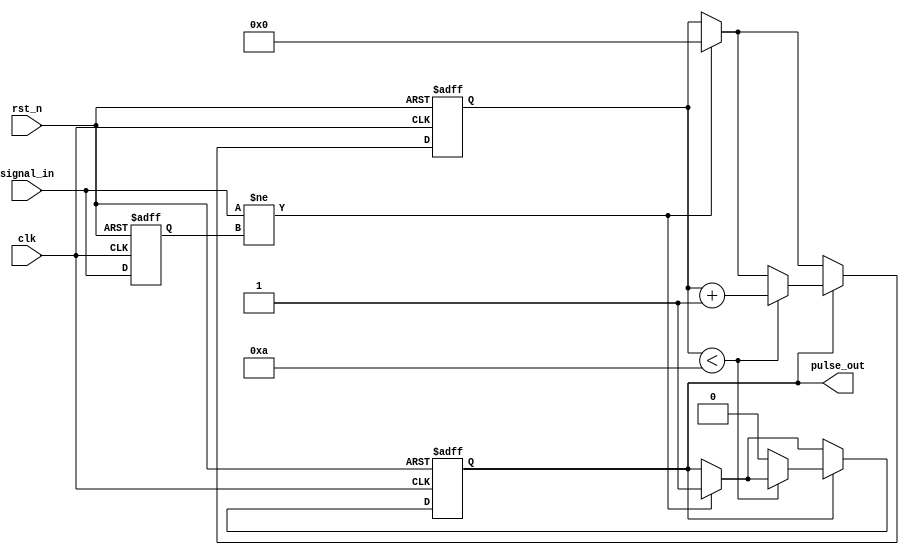
module MonostableEdgeDetector (
    input wire clk,          // Clock input
    input wire rst_n,       // Active low reset
    input wire signal_in,    // Input signal to detect edges
    output reg pulse_out     // Output pulse signal
);

    // Parameters
    parameter PULSE_WIDTH = 10; // Pulse width in clock cycles

    // Internal signals
    reg signal_prev;           // Previous state of the input signal
    reg [3:0] pulse_counter;   // Counter for pulse width

    // Edge detection and pulse generation
    always @(posedge clk or negedge rst_n) begin
        if (!rst_n) begin
            // Reset condition
            signal_prev <= 1'b0;
            pulse_out <= 1'b0;
            pulse_counter <= 0;
        end else begin
            // Edge detection
            if (signal_in != signal_prev) begin
                // Edge detected: Generate pulse
                pulse_out <= 1'b1;
                pulse_counter <= 0; // Reset pulse counter
            end
            
            // Pulse width control
            if (pulse_out) begin
                if (pulse_counter < PULSE_WIDTH) begin
                    pulse_counter <= pulse_counter + 1; // Increment counter
                end else begin
                    pulse_out <= 1'b0; // End pulse after specified width
                end
            end
            
            // Update previous state
            signal_prev <= signal_in;
        end
    end

endmodule